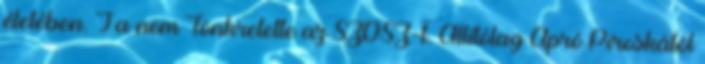
életében. Ja nem Tönkretette az SZDSZ-t. Állítólag Apró Piroskától